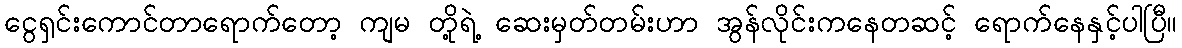
ငွေရှင်းကောင်တာရောက်တော့ ကျမ တို့ရဲ့ ဆေးမှတ်တမ်းဟာ အွန်လိုင်းကနေတဆင့် ရောက်နေနှင့်ပါပြီ။